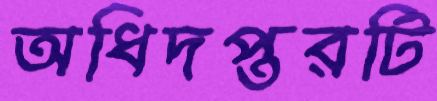
অধিদপ্তরটি